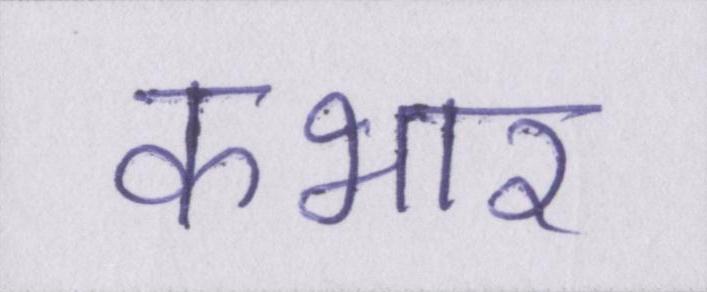
कभार